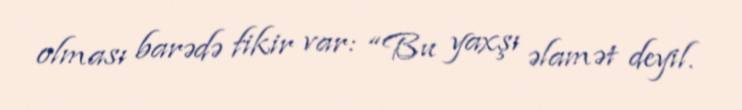
olması barədə fikir var: “Bu yaxşı əlamət deyil.